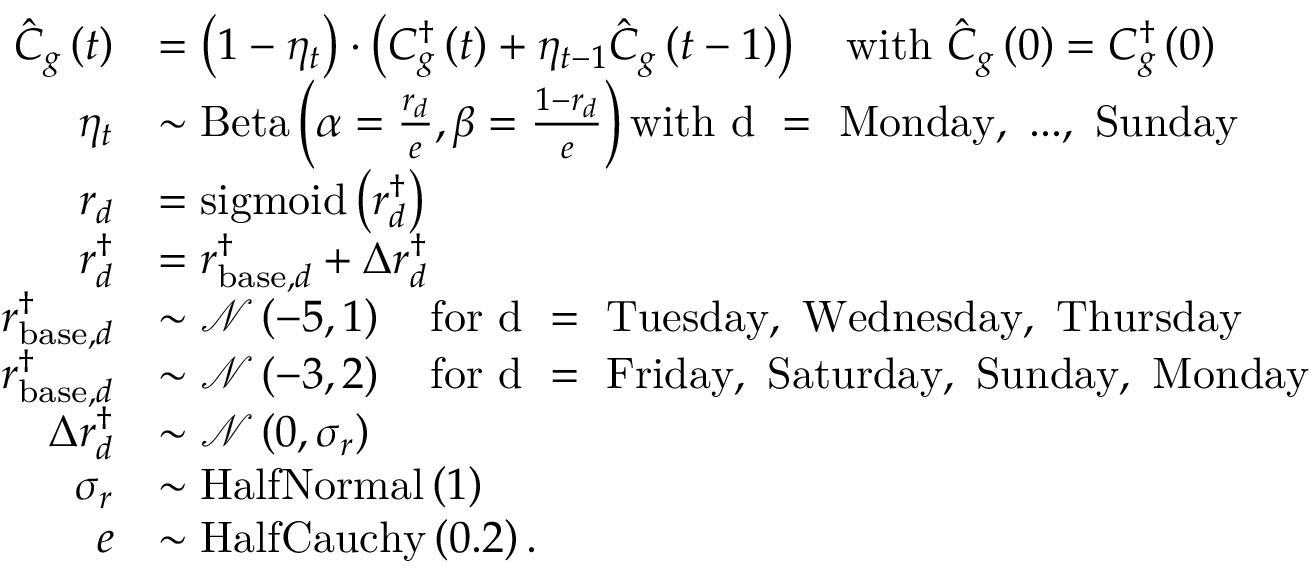
\begin{array} { r l } { \hat { C } _ { g } \left( t \right) } & { = \left( 1 - \eta _ { t } \right) \cdot \left( C _ { g } ^ { \dagger } \left( t \right) + \eta _ { t - 1 } \hat { C } _ { g } \left( t - 1 \right) \right) \quad \mathrm { w i t h ~ } \hat { C } _ { g } \left( 0 \right) = C _ { g } ^ { \dagger } \left( 0 \right) } \\ { \eta _ { t } } & { \sim \mathrm { B e t a } \left( \alpha = \frac { r _ { d } } { e } , \beta = \frac { 1 - r _ { d } } { e } \right) \mathrm { w i t h ~ d ~ = ~ M o n d a y , ~ . . . , ~ S u n d a y } } \\ { r _ { d } } & { = \mathrm { s i g m o i d } \left( r _ { d } ^ { \dagger } \right) } \\ { r _ { d } ^ { \dagger } } & { = r _ { \mathrm { b a s e } , d } ^ { \dagger } + \Delta r _ { d } ^ { \dagger } } \\ { r _ { \mathrm { b a s e } , d } ^ { \dagger } } & { \sim \mathcal { N } \left( - 5 , 1 \right) \quad \mathrm { f o r ~ d ~ = ~ T u e s d a y , ~ W e d n e s d a y , ~ T h u r s d a y } } \\ { r _ { \mathrm { b a s e } , d } ^ { \dagger } } & { \sim \mathcal { N } \left( - 3 , 2 \right) \quad \mathrm { f o r ~ d ~ = ~ F r i d a y , ~ S a t u r d a y , ~ S u n d a y , ~ M o n d a y } } \\ { \Delta r _ { d } ^ { \dagger } } & { \sim \mathcal { N } \left( 0 , \sigma _ { r } \right) } \\ { \sigma _ { r } } & { \sim \mathrm { H a l f N o r m a l } \left( 1 \right) } \\ { e } & { \sim \mathrm { H a l f C a u c h y } \left( 0 . 2 \right) . } \end{array}